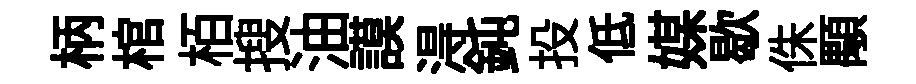
柄棺栢搜油謨淂鈍投低媒歇侏顒